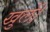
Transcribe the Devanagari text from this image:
खुलें।